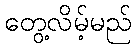
တွေ့လိမ့်မည်